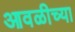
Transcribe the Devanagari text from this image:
आवळीच्या